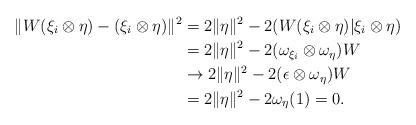
LaTeX: \begin{align*}\|W(\xi_i \otimes \eta) - (\xi_i \otimes \eta)\|^2 &= 2\|\eta\|^2 - 2 (W(\xi_i \otimes \eta)|\xi_i \otimes \eta) \\&= 2\|\eta\|^2- 2 (\omega_{\xi_i} \otimes \omega_\eta)W\\&\to 2\|\eta\|^2- 2 (\epsilon \otimes \omega_\eta)W \\&= 2\|\eta\|^2- 2 \omega_\eta(1) =0.\end{align*}